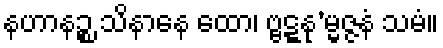
နဟာနဉ္စ သိနာနေ ထော၊ ဗ္ဗဋ္ဋနု’မ္မဇ္ဇနံ သမံ။